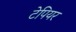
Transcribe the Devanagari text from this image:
टेपियर